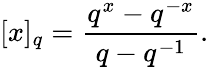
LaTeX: [x]_{q}=\frac{q^{x}-q^{-x}}{q-q^{-1}}.